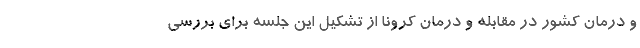
و درمان کشور در مقابله و درمان کرونا از تشکیل این جلسه برای بررسی